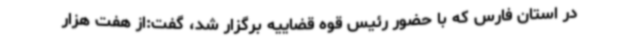
در استان فارس که با حضور رئیس قوه قضاییه برگزار شد، گفت:از هفت هزار